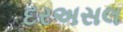
દરઅસલ